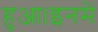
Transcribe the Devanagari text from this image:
हुआ।इनमें